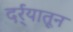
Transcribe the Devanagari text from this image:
दर्र्‍यातून